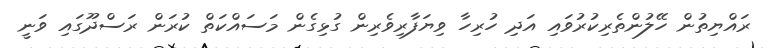
ރައްޔިތުން ހޭލުންތެރިކުރުވައި އަދި ހުރިހާ ވިޔަފާރިވެރިން ގުޅިގެން މަސައްކަތް ކުރަން ރަސްދޫގައި ވަނީ